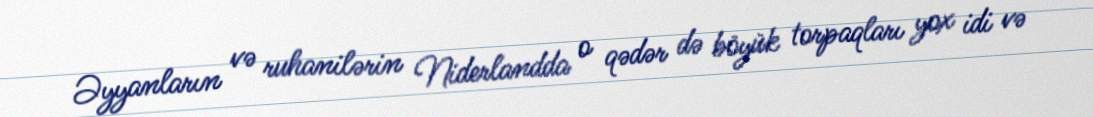
Əyyanların və ruhanilərin Niderlandda o qədər də böyük torpaqları yox idi və